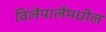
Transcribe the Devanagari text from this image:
विलेपार्लेमधील